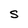
Character: S